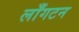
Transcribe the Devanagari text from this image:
लाँगटन